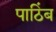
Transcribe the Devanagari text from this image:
पाठिंब